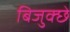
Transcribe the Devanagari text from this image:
बिजुक्छे